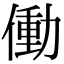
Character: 働